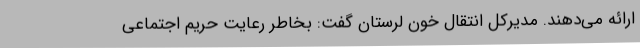
ارائه می‌دهند. مدیرکل انتقال خون لرستان گفت: بخاطر رعایت حریم اجتماعی